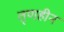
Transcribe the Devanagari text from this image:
तृणहीन